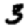
Digit: 3